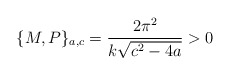
\begin{align*}\{M,P\}_{a,c}=\frac{2\pi^2}{k\sqrt{c^2-4a}}>0\end{align*}